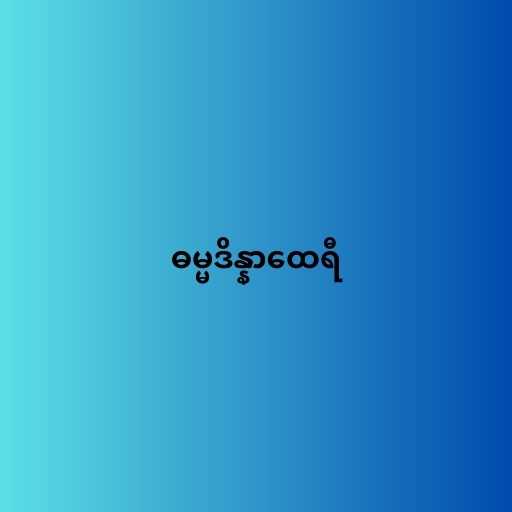
ဓမ္မဒိန္နာထေရီ